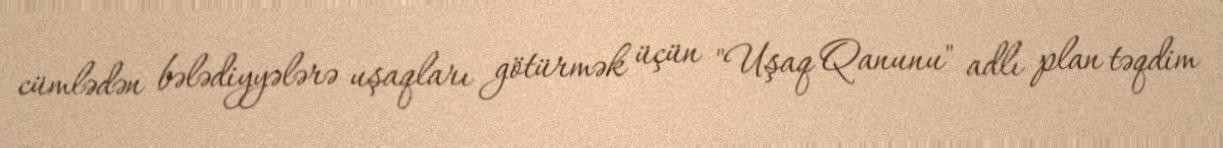
cümlədən bələdiyyələrə uşaqları götürmək üçün "Uşaq Qanunu" adlı plan təqdim